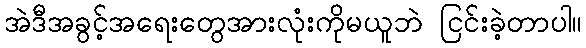
အဲဒီအခွင့်အရေးတွေအားလုံးကိုမယူဘဲ ငြင်းခဲ့တာပါ။